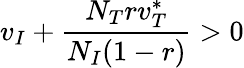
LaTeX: v_{I}+\frac{N_{T}rv_{T}^{*}}{N_{I}(1-r)}>0